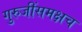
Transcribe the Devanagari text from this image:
गुरुजींसमक्षच